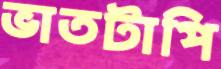
ভাতটাপি